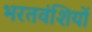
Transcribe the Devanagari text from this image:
भरतवंशियों